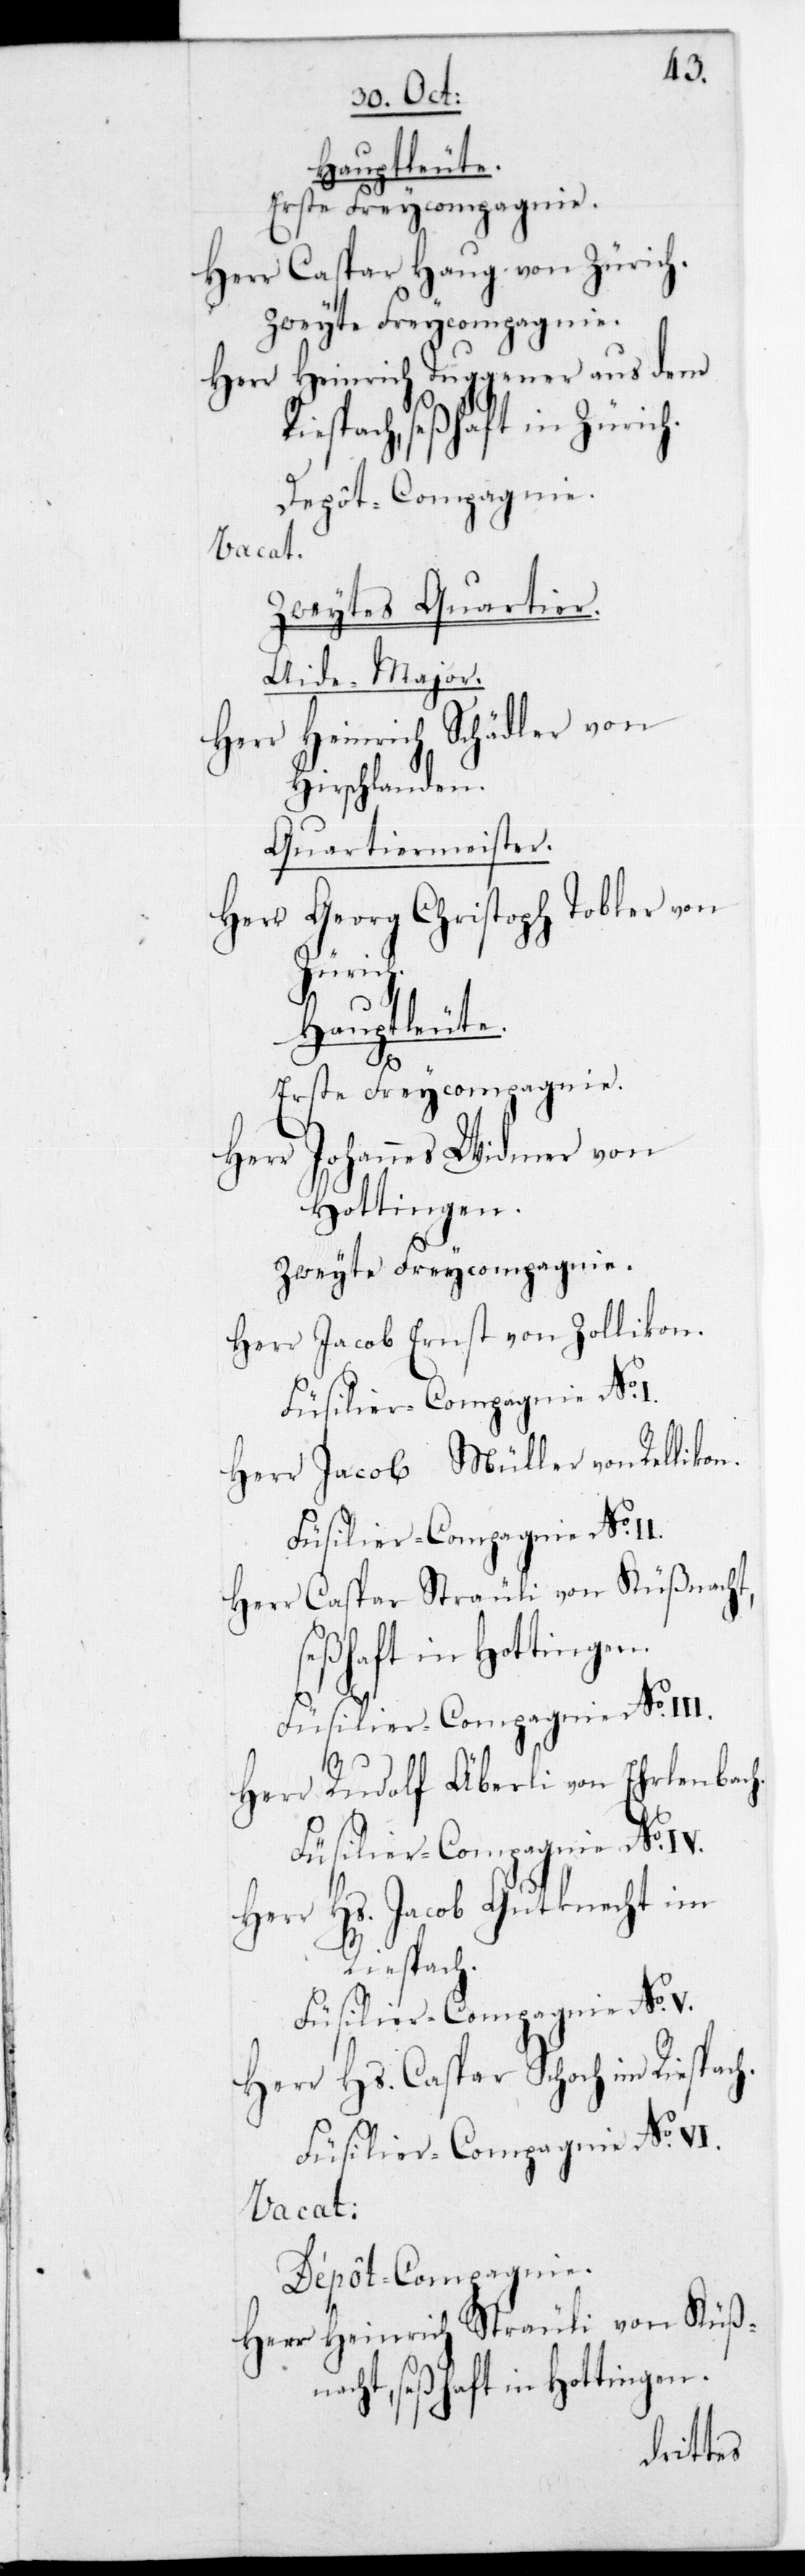
Hauptleute.
Erste Freycompagnie.
Herr Caspar Haug von Zürich.
Herr Heinrich Tuggener aus dem
Riesbach, seßhaft in Zürich.
Depôt-Compagnie.
vacat.
Zweytes Qua¬
Aide-Major.
Hirschlanden.
Quartiermeister.
Herr Georg Chri¬
ach.
Herr Johannes Widmer von
Hottingen.
Zweyte Freycompagnie.
Herr Jacob Ernst von Zollikon.
Füsilier-Compagnie No
Herr Jacob Müller von Rellikon.
Füsilier-Compagnie No II.
Herr Caspar Sträuli von Küßn¬
Herr Rudolf Äberli von Ehrlenb¬
Herr Hs. Jacob Gutknecht im
Riesbach.
Füsilier-Compagnie No V.
Herr Hs. Caspar ScHoch im Riesbach.
Füsilier-Compagnie N oVI.
Vacat:
Dépôt-Compagnie.
Herr Heinrich Sträuli von Küßn¬
acht, seßhaft in Hottingen.